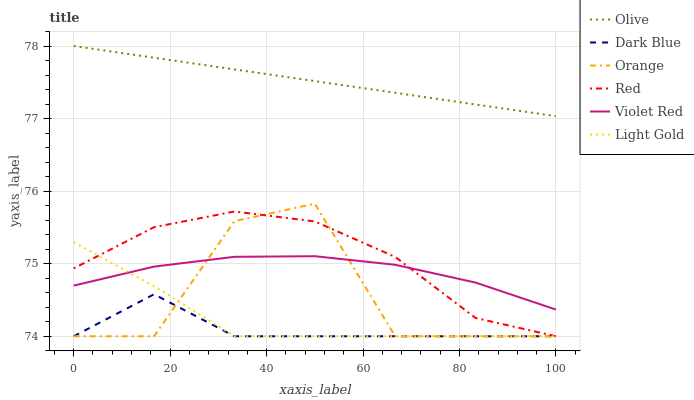
| xaxis_label | Olive | Dark Blue | Orange | Red | Violet Red | Light Gold |
 | --- | --- | --- | --- | --- | --- | --- |
 | 0 | 78 | 74 | 74 | 74.9 | 74.7 | 75.3 |
 | 16.7 | 77.8 | 74.6 | 74 | 75.5 | 75 | 74.7 |
 | 33.3 | 77.7 | 74 | 75.6 | 75.7 | 75.1 | 74 |
 | 50 | 77.5 | 74 | 75.8 | 75.6 | 75.1 | 74 |
 | 66.7 | 77.4 | 74 | 74 | 75.1 | 75 | 74 |
 | 83.3 | 77.2 | 74 | 74 | 74.3 | 74.7 | 74 |
 | 100 | 77 | 74 | 74 | 74 | 74.4 | 74 |